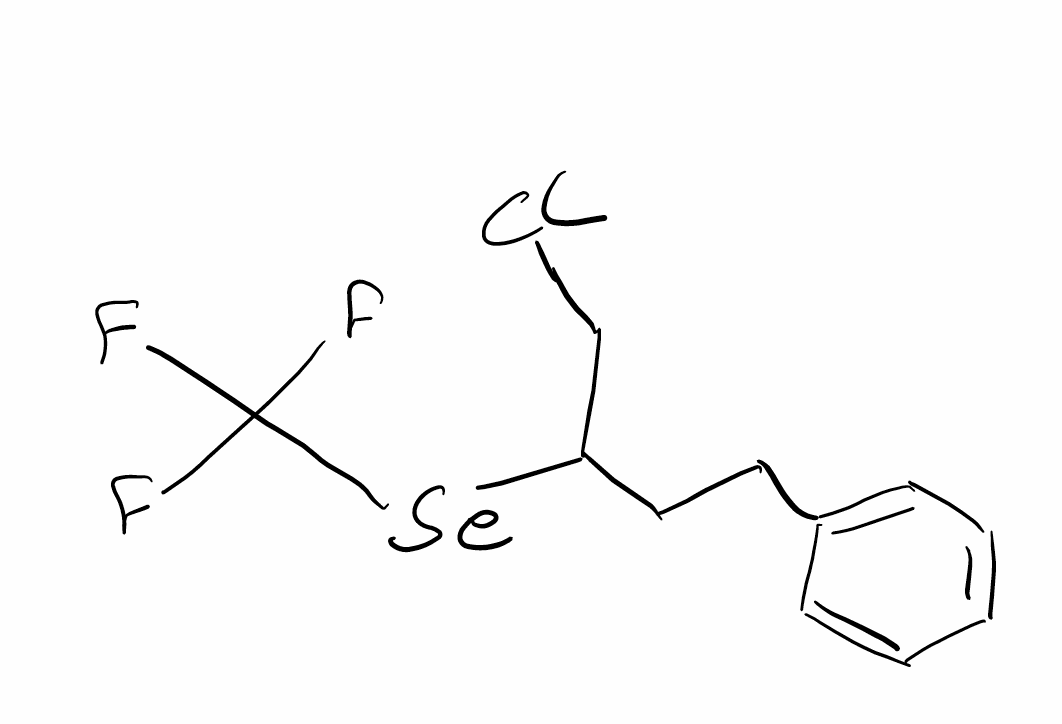
Simplified molecular-input line-entry system (SMILES) notation of the given molecule:
C1=CC=C(C=C1)CCC(CCl)[Se]C(F)(F)F